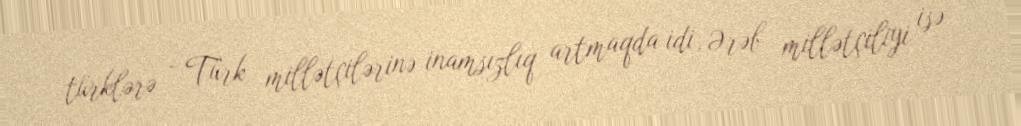
türklərə - Türk millətçilərinə inamsızlıq artmaqda idi, Ərəb millətçiliyi isə